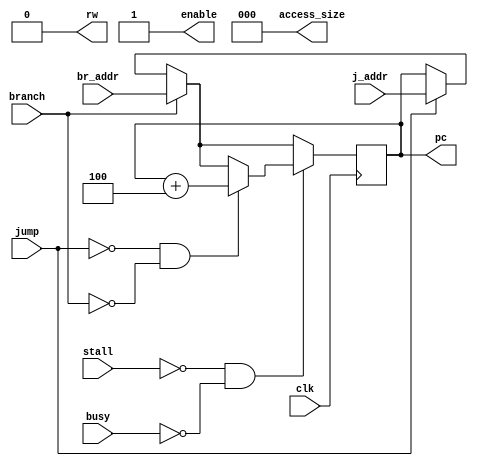
module fetch_1 (clk, stall, busy, pc, rw, access_size, enable, j_addr, jump, br_addr, branch);
parameter START_ADDR = 32'h8002_0000;
	input         clk;
	input	      stall;
	input	      busy;
	input [31:0]  j_addr;
	input 		  jump;
	input [31:0]  br_addr;
	input 		  branch;
	output [31:0] pc;
	output [2:0]  access_size;
	output 	      rw; 
	output	      enable;
	reg  [31:0]   pc_reg	= 32'h8001_FFFC; 
	reg  [2:0]    access_size_reg  = 3'b000;
	reg  	      rw_reg = 1'b0;
	reg  	      enable_reg = 1'b1;
	assign pc = pc_reg;
	assign access_size = access_size_reg;
	assign rw = rw_reg;
	assign enable = enable_reg;
	always @(posedge clk)
	begin
		if(stall != 1 & busy != 1)
		begin
			if(jump != 1 & branch != 1)
			begin
				pc_reg = pc_reg + 32'h0000_0004;
			end
			else if (branch == 1)
			begin
				pc_reg = br_addr;
			end
			else if(jump == 1)
			begin
				pc_reg = j_addr;
			end
		end
		else if (branch == 1)
		begin
			pc_reg = br_addr;
		end
		else if(jump == 1)
		begin
			pc_reg = j_addr;
		end
	end
endmodule